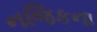
નજિકના